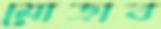
মোড়াব